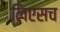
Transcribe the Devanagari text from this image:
लिएसच